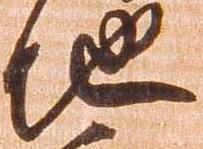
池